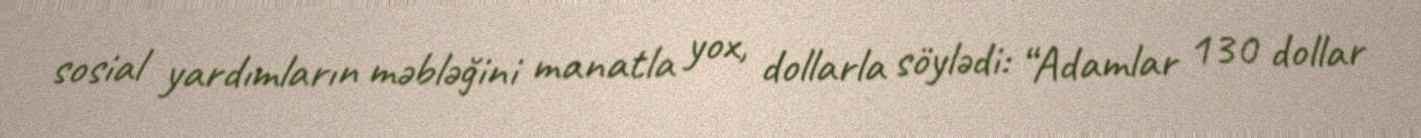
sosial yardımların məbləğini manatla yox, dollarla söylədi: “Adamlar 130 dollar